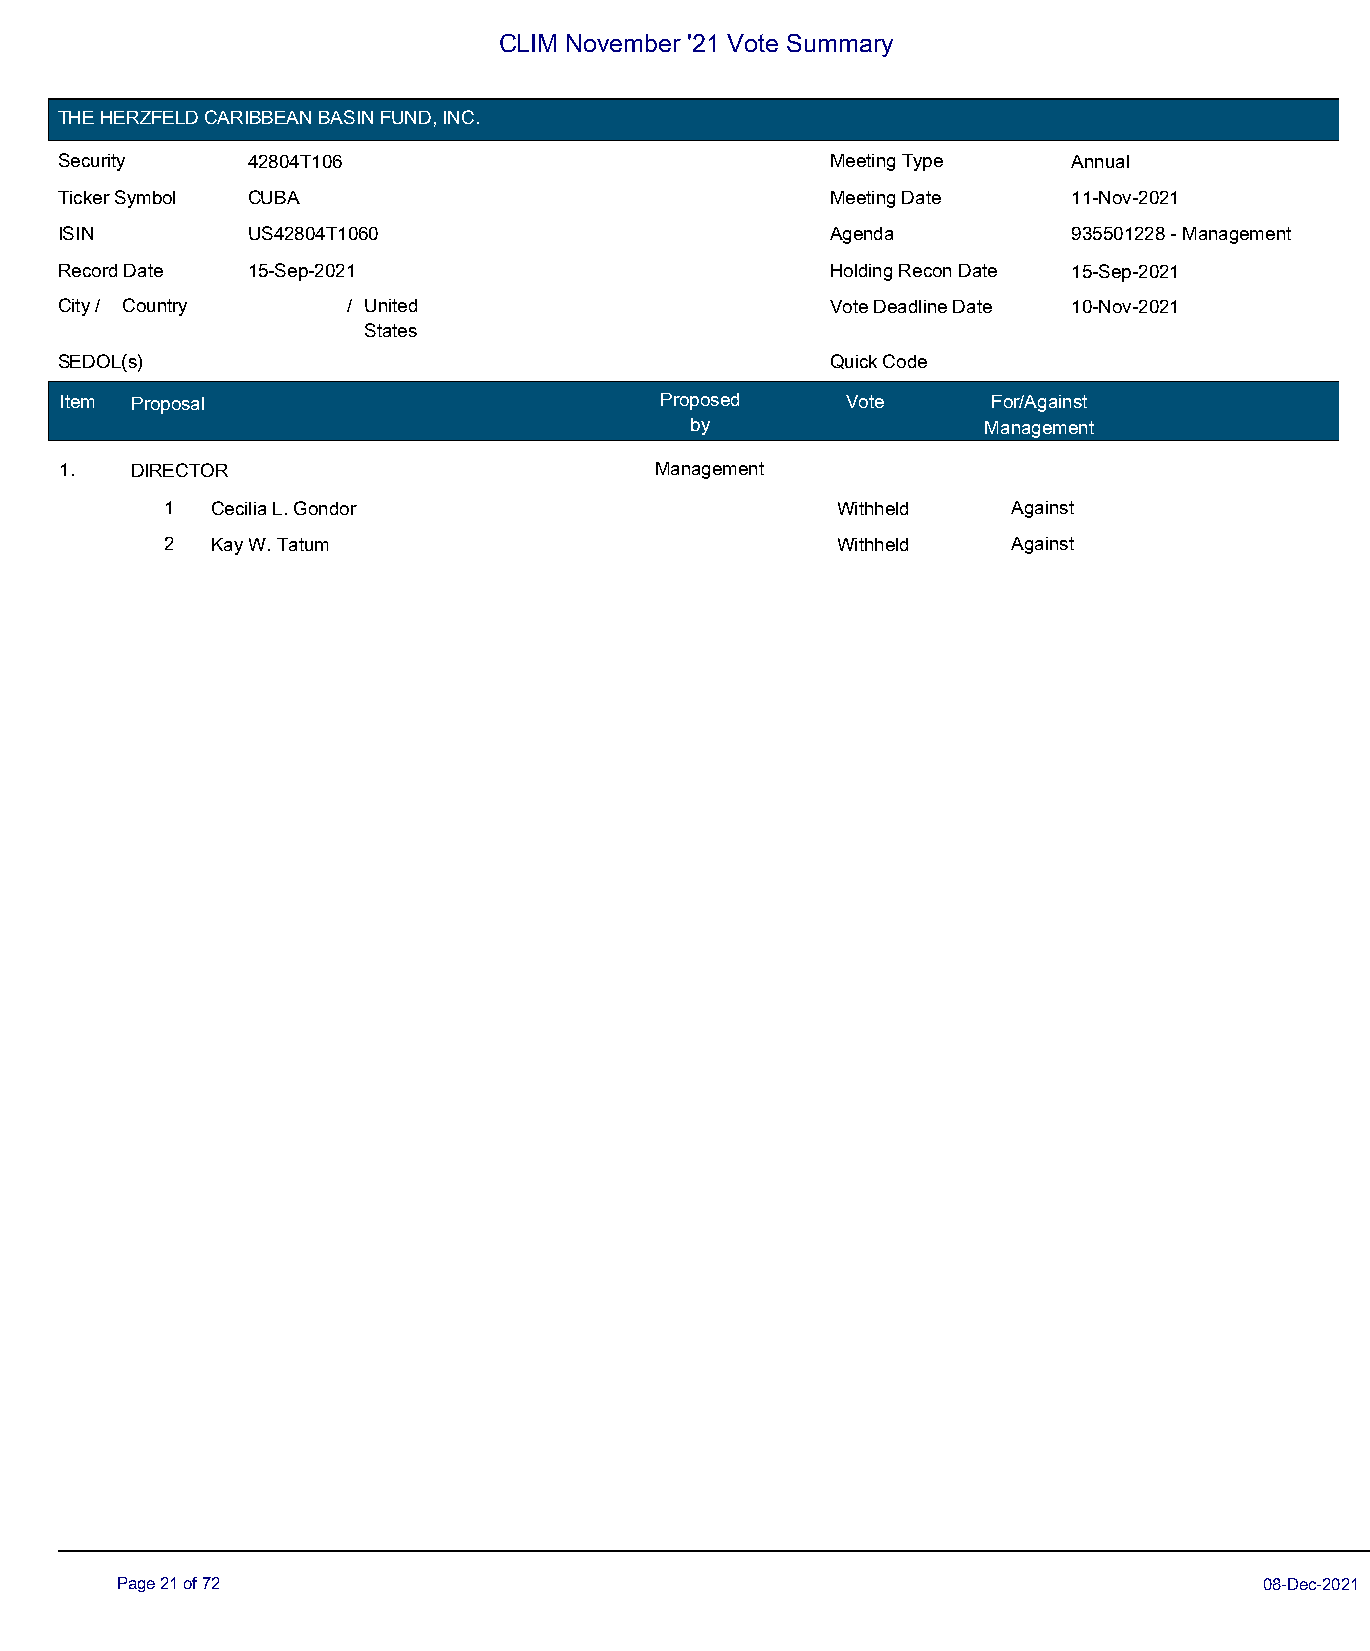
CLIM November '21 Vote Summary
 THE HERZFELD CARIBBEAN BASIN FUND, INC.
 Security    42804T106                              Meeting Type    Annual
 Ticker Symbol CUBA                                 Meeting Date    11-Nov-2021
 ISIN        US42804T1060                           Agenda          935501228 - Management
 Record Date 15-Sep-2021                            Holding Recon Date 15-Sep-2021
 City / Country     / United                        Vote Deadline Date 10-Nov-2021
 States
 SEDOL(s)                                           Quick Code
 Item Proposal                           Proposed    Vote      For/Against
 by                 Management
 1.   DIRECTOR                          Management
 1  Cecilia L. Gondor                        Withheld    Against
 2  Kay W. Tatum                             Withheld    Against
 Page 21 of 72                                                               08-Dec-2021